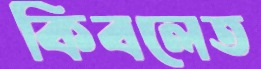
কিবলেত